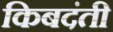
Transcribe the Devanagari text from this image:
किबदंती